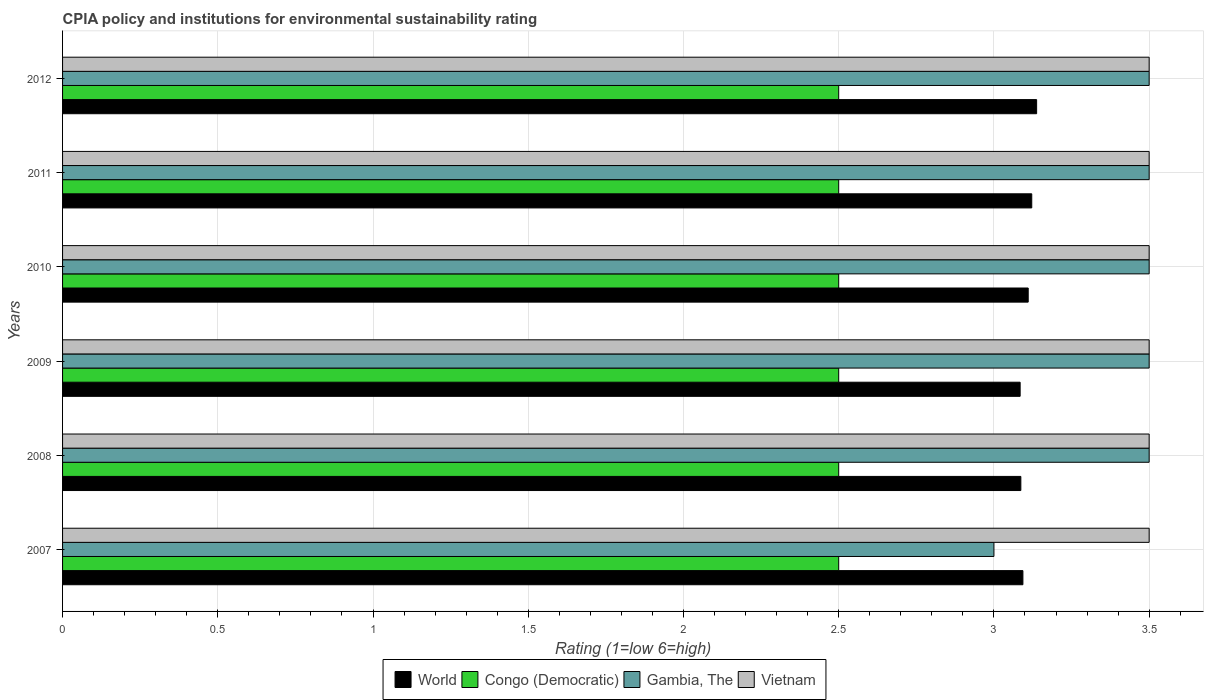
| Years | World | Congo (Democratic) | Gambia, The | Vietnam |
 | --- | --- | --- | --- | --- |
 | 2007 | 3.09 | 2.5 | 3 | 3.5 |
 | 2008 | 3.09 | 2.5 | 3.5 | 3.5 |
 | 2009 | 3.08 | 2.5 | 3.5 | 3.5 |
 | 2010 | 3.11 | 2.5 | 3.5 | 3.5 |
 | 2011 | 3.12 | 2.5 | 3.5 | 3.5 |
 | 2012 | 3.14 | 2.5 | 3.5 | 3.5 |